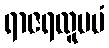
ရာဇရထူပမံ